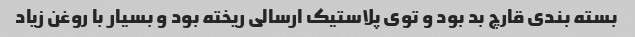
بسته بندی قارچ بد بود و توی پلاستیک ارسالی ریخته بود و بسیار با روغن زیاد